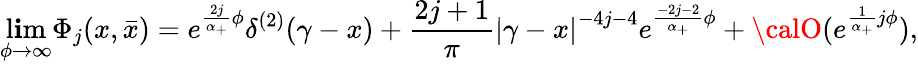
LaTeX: \operatorname*{l\mathbf{i}m}_{\phi\rightarrow\infty}\Phi_{j}(x,\bar{{x}})=e^{\frac{{2j}}{{\alpha_{+}}}\phi}\delta^{(2)}(\gamma-x)+\frac{{2j+1}}{{\pi}}\left|\gamma-x\right|^{-4j-4}e^{\frac{{-2j-2}}{{\alpha_{+}}}\phi}+{\calO}(e^{\frac{1}{{\alpha_{+}}}j\phi}),